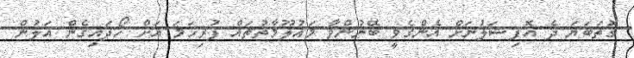
ގޮތަބަޔަ ދެ އޮފިޝަލުނަށް އެންގެވީ ބޭނުންވާ މައުލޫމާތުތައް ފުރިހަމަ އަށް ހޯދައިގެން އަލުން